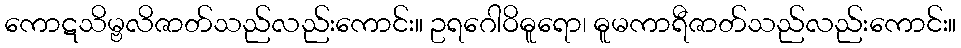
ကောဋသိမ္ဗလိဇာတ်သည်လည်းကောင်း။ ဥရဂေါဝိဓူရော၊ ဓူမကာရီဇာတ်သည်လည်းကောင်း။